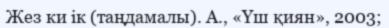
Жез ки ік (таңдамалы). А., «Үш қиян», 2003;